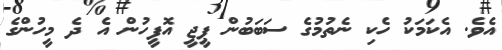
އެވެ. އެކަމަކު ހެކި ނެތުމުގެ ސަބަބުން ޕީޖީ އޮފީހުން އެ ދެ މީހުންގެ